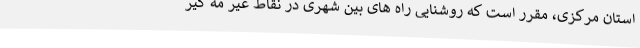
استان مرکزی، مقرر است که روشنایی راه های بین شهری در نقاط غیر مه گیر